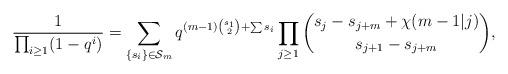
LaTeX: \begin{align*}\frac{1}{\prod_{i\geq 1}(1-q^i)}=\sum_{\{s_i\} \in \mathcal{S}_m}q^{(m-1)\binom{s_1}{2} + \sum s_i}\prod_{j\geq 1}\binom{s_j - s_{j+m} + \chi (m-1 | j)} {s_{j+1} - s_{j+m} },\end{align*}